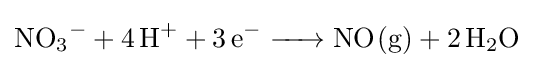
{\ce {NO3^- + 4H^+ + 3e^- -> NO(g) + 2H2O}}